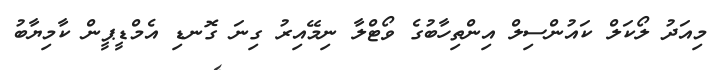
މިއަދު ލޯކަލް ކައުންސިލް އިންތިހާބުގެ ވޯޓްލާ ނިމޭއިރު ގިނަ ގޮނޑި އެމްޑީޕީން ކާމިޔާބު